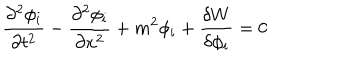
\frac { \partial ^ { 2 } \phi _ { i } } { \partial t ^ { 2 } } - \frac { \partial ^ { 2 } \phi _ { i } } { \partial x ^ { 2 } } + m ^ { 2 } \phi _ { i } + \frac { \delta W } { \delta \phi _ { i } } = 0